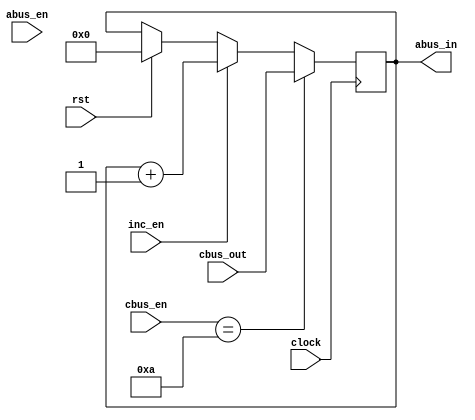
module dstr(	input [31:0] cbus_out,
					input [2:0] abus_en,
					input [3:0] cbus_en,
					input rst, inc_en, clock,
					output wire [31:0] abus_in);

	//reg [31:0] abus;
	reg [31:0] data;
	
	initial begin
		data = 0;
	end
	/*
	always @(posedge clock)
		begin 
			if (abus_en == 3'b010)
				abus <= data;
		end
	*/
	always @(negedge clock)
		begin 
			if (rst)
				data <= 32'd0;
			if (inc_en)
				data <= data + 1;
			if (cbus_en == 4'b1010)
				data <= cbus_out; 
		end 
	
	assign abus_in = data;

endmodule